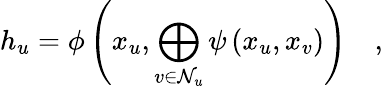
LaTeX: h_{u}=\phi\left(x_{u},\bigoplus_{v\in\mathcal{N}_{u}}\psi\left(x_{u},x_{v}\right)\right)\quad,